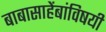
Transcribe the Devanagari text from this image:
बाबासाहेंबांविषयी